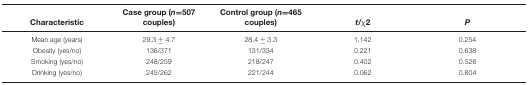
| Characteristic | Case group (n=507 couples) | Control group (n=465 couples) | t/χ2 | P |
 | --- | --- | --- | --- | --- |
 | Mean age (years) | 29.3 ± 4.7 | 28.4 ± 3.3 | 1.142 | 0.254 |
 | Obesity (yes/no) | 136/371 | 131/334 | 0.221 | 0.638 |
 | Smoking (yes/no) | 248/259 | 218/247 | 0.402 | 0.526 |
 | Drinking (yes/no) | 245/262 | 221/244 | 0.062 | 0.804 |